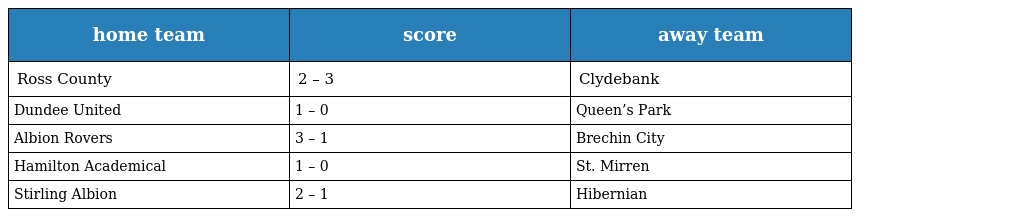
| home team | score | away team |
 | --- | --- | --- |
 | Ross County | 2 – 3 | Clydebank |
 | Dundee United | 1 – 0 | Queen’s Park |
 | Albion Rovers | 3 – 1 | Brechin City |
 | Hamilton Academical | 1 – 0 | St. Mirren |
 | Stirling Albion | 2 – 1 | Hibernian |